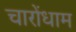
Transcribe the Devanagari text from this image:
चारोंधाम